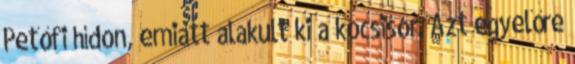
Petőfi hídon, emiatt alakult ki a kocsisor. Azt egyelőre